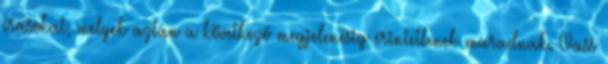
írásokat, melyek aztán a következő megjelenésig érintetlenek maradnak. Vass